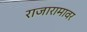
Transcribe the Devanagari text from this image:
राजारामावर